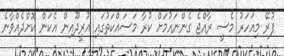
ފުރޭ މިއަހަރު މެސީ ރާއްޖެ ގެންނައުމަށް ކުރާ މަސައްކަތުގައި އުރީދޫއިން އެކަން ކޮށްދެއްވާނެ